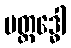
ပတ္ထဒ္ဓေါ